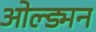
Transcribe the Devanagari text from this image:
ओल्ड्मन